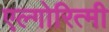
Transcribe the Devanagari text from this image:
एल्गोरित्मी